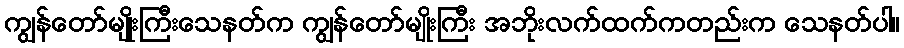
ကျွန်တော်မျိုးကြီးသေနတ်က ကျွန်တော်မျိုးကြီး အဘိုးလက်ထက်ကတည်းက သေနတ်ပါ။